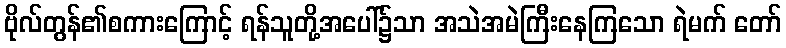
ဗိုလ်တွန်၏စကားကြောင့် ရန်သူတို့အပေါ်၌သာ အသဲအမဲကြီးနေကြသော ရဲမက် တော်